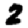
Digit: 2